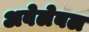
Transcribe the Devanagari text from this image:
अवेलेबल